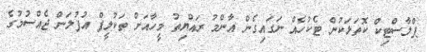
ޕްލާސްޓިކް ކޮތަޅަކުން ޓެކުހެއް ނަގައިގެން އާންމު ރައްޔިތު މީހާއަށް ތަކުލީފް އުފުލަން ޖެއްސުމުގެ